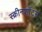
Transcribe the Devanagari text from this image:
स्क्रीनशॉटस